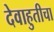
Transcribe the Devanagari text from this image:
देवाहुतीचा